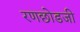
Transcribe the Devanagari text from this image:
रणछोडजी